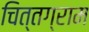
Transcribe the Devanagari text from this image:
चित्तग्राम